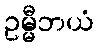
ဥမ္မီဘယံ